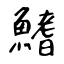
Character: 鰭